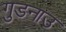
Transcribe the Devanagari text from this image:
गुडनाउ